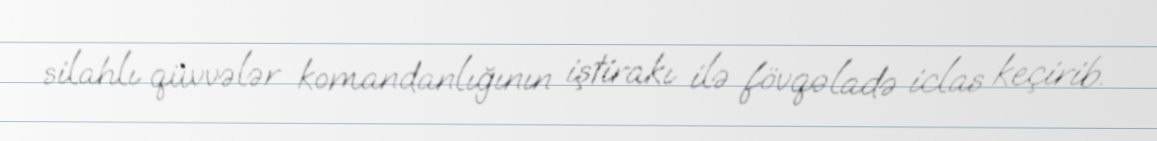
silahlı qüvvələr komandanlığının iştirakı ilə fövqəladə iclas keçirib.